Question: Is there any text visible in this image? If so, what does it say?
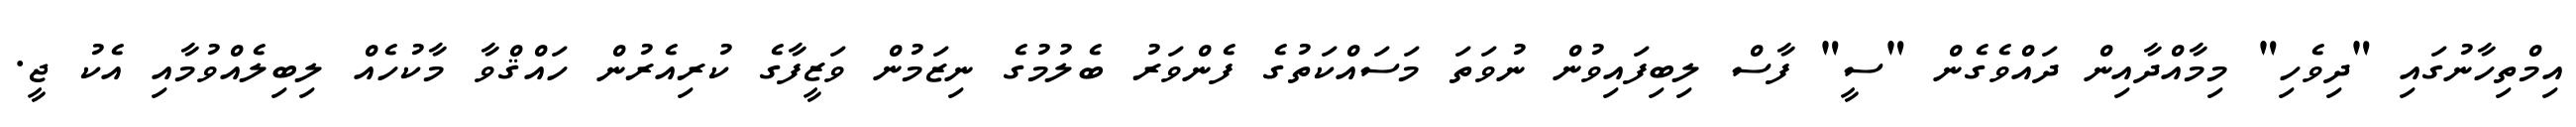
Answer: އިމްތިހާނުގައި "ދިވެހި" މިމާއްދާއިން ދައްވެގެން "ސީ" ފާސް ލިބިފައިވުން ނުވަތަ މަސައްކަތުގެ ފެންވަރު ބެލުމުގެ ނިޒަމުން ވަޒީފާގެ ކުރިއެރުން ހައްޤްވާ މާކުހެއް ލިބިލެއްވުމާއި އެކު ޖީ.